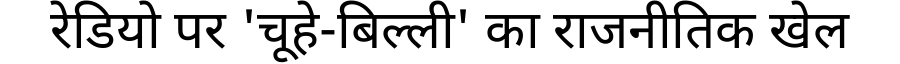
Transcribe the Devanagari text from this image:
रेडियो पर 'चूहे-बिल्ली' का राजनीतिक खेल